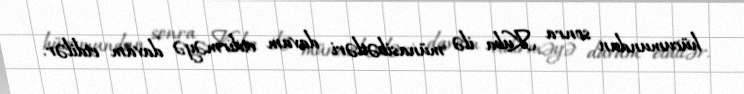
hücumundan sonra Kuba ilə münasibətləri davam etdirməyə davam etdilər.